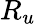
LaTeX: R_{u}